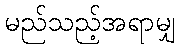
မည်သည့်အရာမျှ